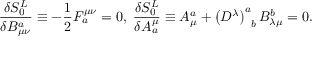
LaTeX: \frac { \delta S _ { 0 } ^ { L } } { \delta B _ { \mu \nu } ^ { a } } \equiv - \frac 1 2 F _ { a } ^ { \mu \nu } = 0 , \; \frac { \delta S _ { 0 } ^ { L } } { \delta A _ { a } ^ { \mu } } \equiv A _ { \mu } ^ { a } + \left( D ^ { \lambda } \right) _ { \; \; b } ^ { a } B _ { \lambda \mu } ^ { b } = 0 .